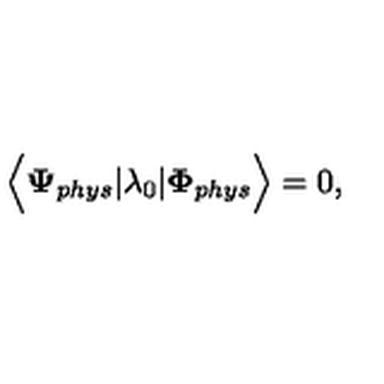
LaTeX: { \bf \Big < } { \bf \Psi } _ { p h y s } | \lambda _ { 0 } | { \bf \Phi } _ { p h y s } { \bf \Big > } = 0 ,